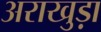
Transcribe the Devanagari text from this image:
अराखुड़ा